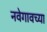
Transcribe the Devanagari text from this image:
नवेगावच्या